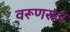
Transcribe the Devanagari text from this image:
वरूणराज